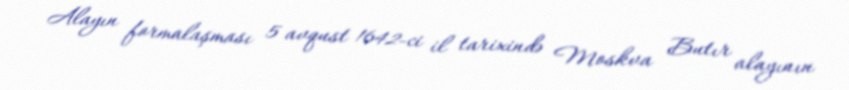
Alayın formalaşması 5 avqust 1642-ci il tarixində Moskva Butır alayının